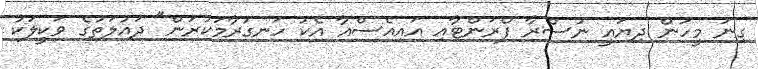
ގިނަ މީހުން ދިޔައީ ނުސްރާ ފްރަންޓާއި އައިއެސްއާ އެކު ހަނގުރާމަކުރަން" ދައުލަތުގެ ވަކީލަކު